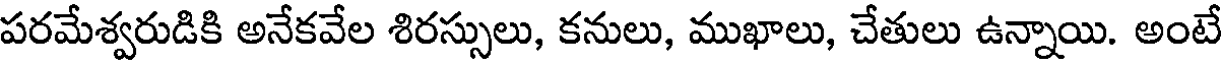
పరమేశ్వరుడికి అనేకవేల శిరస్సులు, కనులు, ముఖాలు, చేతులు ఉన్నాయి. అంటే